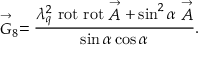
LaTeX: \stackrel { \rightarrow } { G } _ { 8 } = \frac { \lambda _ { q } ^ { 2 } ~ \mathrm { r o t } ~ \mathrm { r o t } \stackrel { \rightarrow } { A } + \sin ^ { 2 } \alpha \stackrel { \rightarrow } { A } } { \sin \alpha \cos \alpha } .